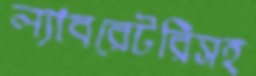
ল্যাবরেটরিসহ